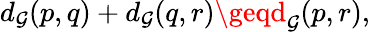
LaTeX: d_{\mathcal{G}}(p,q)+d_{\mathcal{G}}(q,r)\geqd_{\mathcal{G}}(p,r),